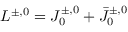
L ^ { \pm , 0 } = J _ { 0 } ^ { \pm , 0 } + \bar { J } _ { 0 } ^ { \pm , 0 }